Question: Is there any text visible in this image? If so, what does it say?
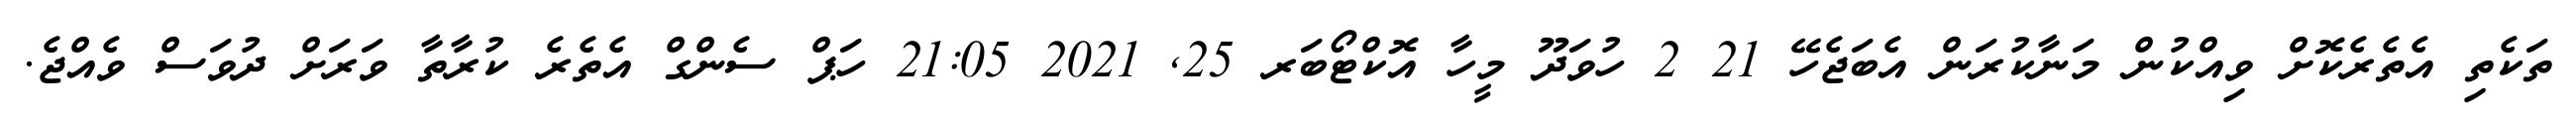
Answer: ތަކެތި އެތެރެކޮށް ވިއްކުން މަނާކުރަން އެބަޖެހޭ 21 2 ހުވަދޫ މީހާ އޮކްޓޯބަރ 25, 2021 21:05 ހަޕް ސެންގް އެތެރެ ކުރާތާ ވަރަށް ދުވަސް ވެއްޖެ.